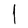
Character: l